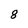
Character: 8